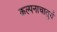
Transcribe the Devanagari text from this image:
कल्पनाचातुर्य